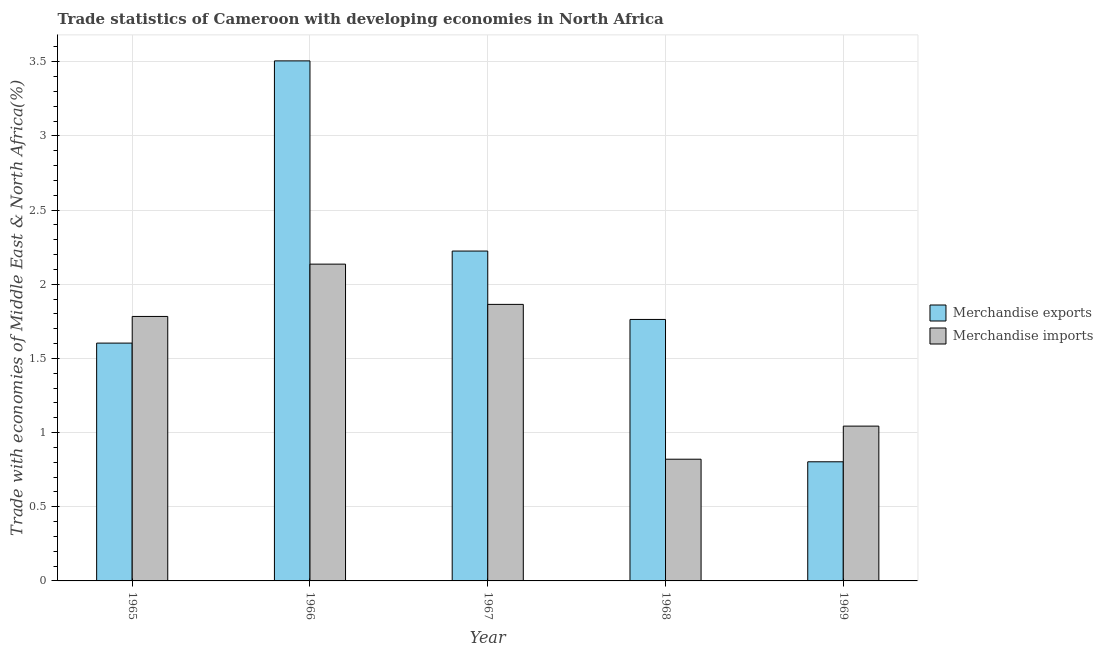
| Year | Merchandise exports | Merchandise imports |
 | --- | --- | --- |
 | 1965 | 1.6 | 1.78 |
 | 1966 | 3.51 | 2.14 |
 | 1967 | 2.22 | 1.86 |
 | 1968 | 1.76 | 0.821 |
 | 1969 | 0.803 | 1.04 |